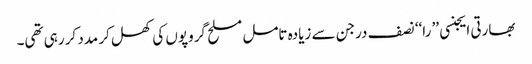
بھارتی ایجنسی ’’ را‘‘ نصف درجن سے زیادہ تامل مسلح گروپوں کی کھل کر مدد کر رہی تھی۔